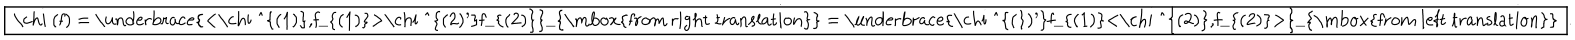
LaTeX: \fbox { \chi ( f ) = \underbrace { < \chi ^ { ( 1 ) } , f _ { ( 1 ) } > \chi ^ { ( 2 ) ^ { \prime } } f _ { ( 2 ) } } _ { \mathrm { f r o m ~ r i g h t ~ t r a n s l a t i o n } } = \underbrace { \chi ^ { ( 1 ) ^ { \prime } } f _ { ( 1 ) } < \chi ^ { ( 2 ) } , f _ { ( 2 ) } > } _ { \mathrm { f r o m ~ l e f t ~ t r a n s l a t i o n } } } .